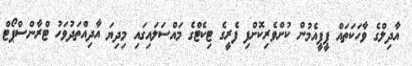
އާދިލްގެ ވާހަކަތައް ޕީޕީއެމުން ކުށްވެރިކޮށްފި ފެރީގެ ޓިކެޓްގެ މައްސަލައިގައި މިދިޔަ އާދިއްތަދުވަހު ޓްރާންސްޕޯޓް